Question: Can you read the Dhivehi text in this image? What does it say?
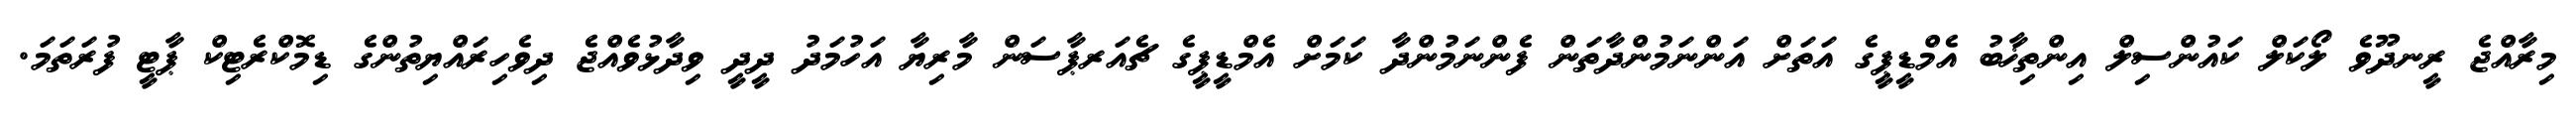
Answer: މިރާއްޖެ ރީނދޫވެ ލޯކަލް ކައުންސިލް އިންތިޚާބު އެމްޑީޕީގެ އަތަށް އަންނަމުންދާތަން ފެންނަމުންދާ ކަމަށް އެމްޑީޕީގެ ޗެއަރޕާސަން މާރިޔާ އަހުމަދު ދީދީ ވިދާޅުވެއްޖެ ދިވެހިރައްޔިތުންގެ ޑިމޮކްރެޓިކް ޕާޓީ ފުރަތަމަ.